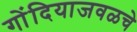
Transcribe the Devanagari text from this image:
गोंदियाजवळचे